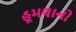
હૂમલાનો